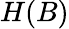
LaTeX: H(B)